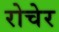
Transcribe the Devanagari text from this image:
रोचेर